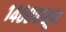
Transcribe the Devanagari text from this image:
१४००पासून